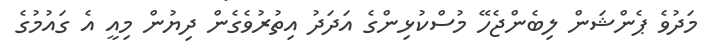
މަދުވެ ޕެންޝަން ލިބެންޖެހޭ މުސްކުޅިންގެ އަދަދު އިތުރުވެގެން ދިޔުން މިއީ އެ ގައުމުގެ